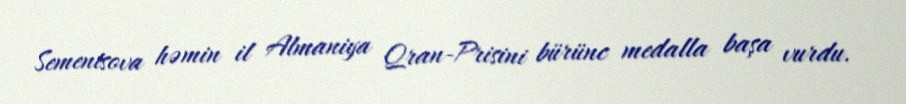
Sementsova həmin il Almaniya Qran-Prisini bürünc medalla başa vurdu.